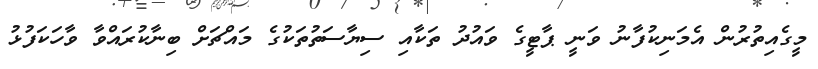
މީގެއިތުރުން އެމަނިކުފާނު ވަނީ ޕާޓީގެ ވައުދު ތަކާއި ސިޔާސަތުތަކުގެ މައްޗަށް ބިނާކުރައްވާ ވާހަކަފުޅު